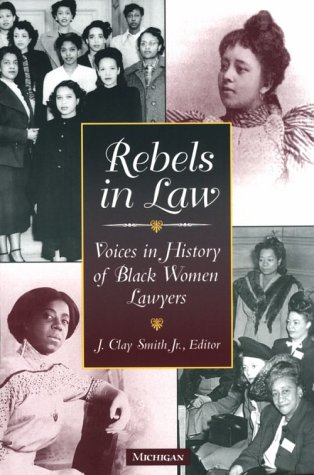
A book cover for Rebels in Law: Voices in History of Black Women Lawyers; Law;